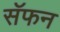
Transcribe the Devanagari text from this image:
सॅफन